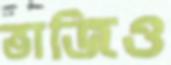
ভাজিও